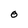
Character: O